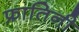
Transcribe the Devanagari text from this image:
फ्रातिनी